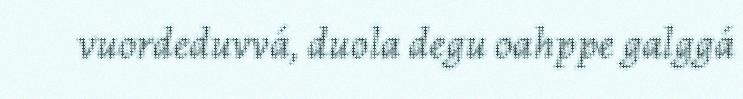
vuordeduvvá, duola degu oahppe galggá